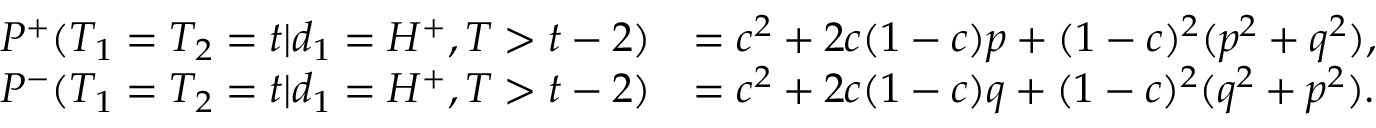
\begin{array} { r l } { P ^ { + } ( T _ { 1 } = T _ { 2 } = t | d _ { 1 } = H ^ { + } , T > t - 2 ) } & { = c ^ { 2 } + 2 c ( 1 - c ) p + ( 1 - c ) ^ { 2 } ( p ^ { 2 } + q ^ { 2 } ) , } \\ { P ^ { - } ( T _ { 1 } = T _ { 2 } = t | d _ { 1 } = H ^ { + } , T > t - 2 ) } & { = c ^ { 2 } + 2 c ( 1 - c ) q + ( 1 - c ) ^ { 2 } ( q ^ { 2 } + p ^ { 2 } ) . } \end{array}